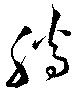
騰